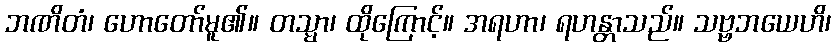
ဘဏိတံ၊ ဟောတော်မူ၏။ တသ္မာ၊ ထိုကြောင့်။ အရဟာ၊ ရဟန္တာသည်။ သဗ္ဗဘယေဟိ၊